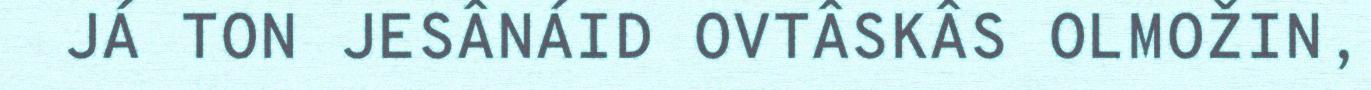
JÁ TON JESÂNÁID OVTÂSKÂS OLMOŽIN,